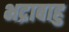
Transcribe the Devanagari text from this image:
भद्राबाहु